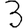
Digit: 3